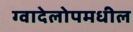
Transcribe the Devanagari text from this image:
ग्वादेलोपमधील